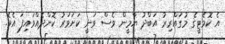
އެ ކޮމެޓީގެ މުގައްރިރު އަބްދު ޔާމީން ވެސް ވަނީ ކަށަވަރު ކޮށްދެއްވައިފަ އެވެ.